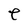
Character: e